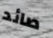
صائد